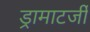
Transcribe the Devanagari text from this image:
ड्रामाटर्जी